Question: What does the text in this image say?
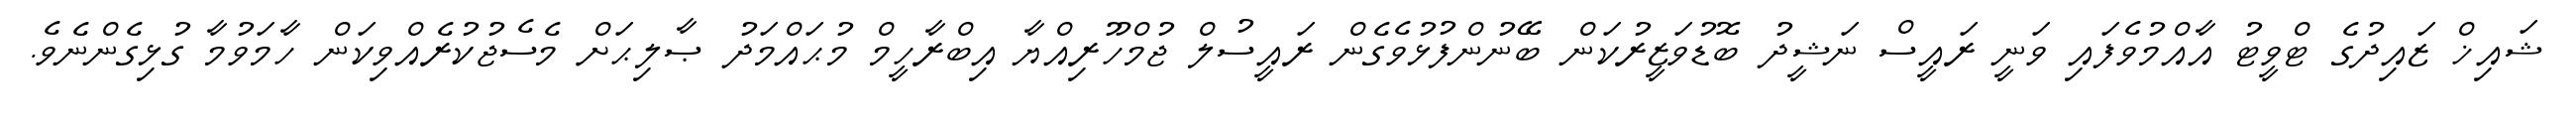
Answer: ޝައިޚް ޒައިދުގެ ޓްވީޓު އާއްމުވެފައި ވަނީ ރައީސް ނަޝީދު ބޮޑުވަޒީރުކަން ބޭނުންފުޅުވެގެން ރައީސުލް ޖުމްހޫރިއްޔާ އިބްރާހީމް މުޙައްމަދު ޞާލިޙަށް މެސެޖުކުރެއްވިކަން ހާމަވުމާ ގުޅިގެންނެވެ.